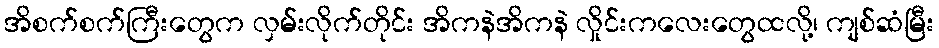
အိစက်စက်ကြီးတွေက လှမ်းလိုက်တိုင်း အိကနဲအိကနဲ လှိုင်းကလေးတွေထလို့၊ ကျစ်ဆံမြီး